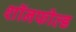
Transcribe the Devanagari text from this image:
शॉनफील्ड